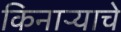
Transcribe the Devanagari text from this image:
किनाऱ्याचे